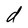
Character: d